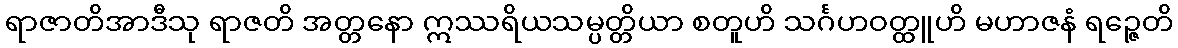
ရာဇာတိအာဒီသု ရာဇတိ အတ္တနော ဣဿရိယသမ္ပတ္တိယာ စတူဟိ သင်္ဂဟဝတ္ထူဟိ မဟာဇနံ ရဉ္ဇေတိ